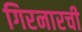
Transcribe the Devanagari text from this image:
गिरनारची